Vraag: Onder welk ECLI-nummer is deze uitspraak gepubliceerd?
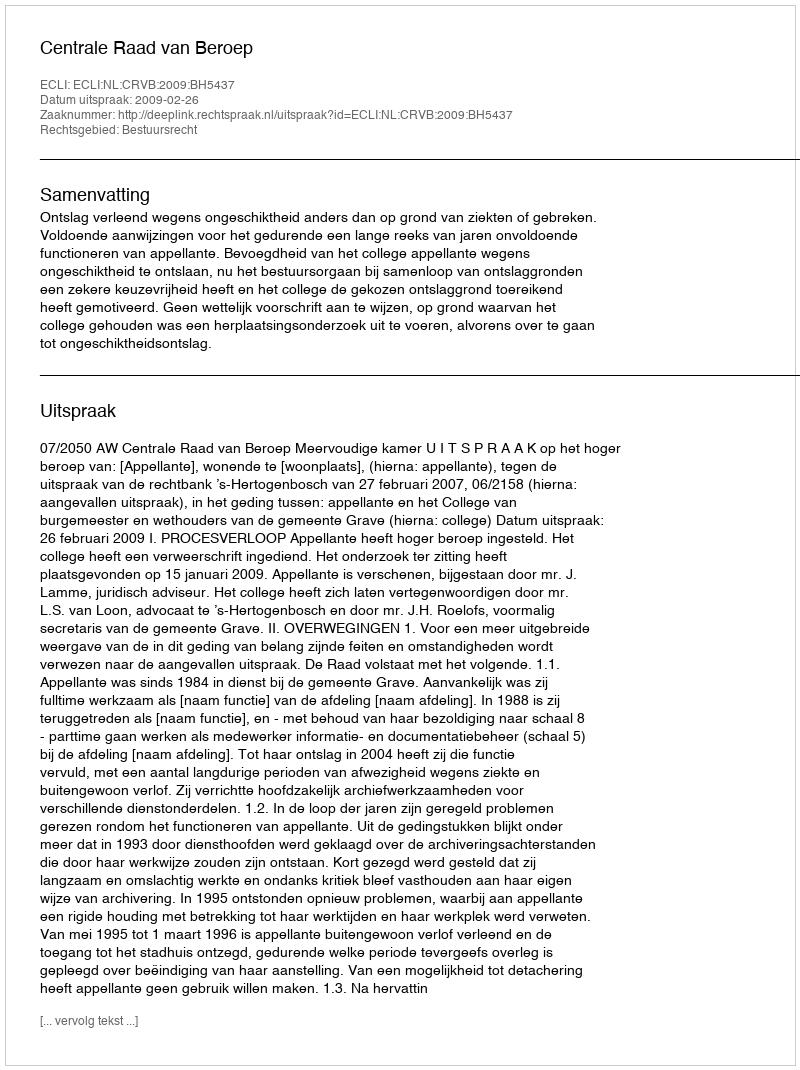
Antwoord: ECLI:NL:CRVB:2009:BH5437